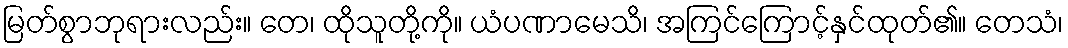
မြတ်စွာဘုရားလည်း။ တေ၊ ထိုသူတို့ကို။ ယံပဏာမေသိ၊ အကြင်ကြောင့်နှင်ထုတ်၏။ တေသံ၊